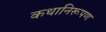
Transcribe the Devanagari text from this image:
कथानिरूपण